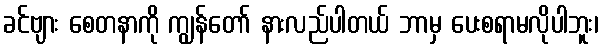
ခင်ဗျား စေတနာကို ကျွန်တော် နားလည်ပါတယ် ဘာမှ ပေးစရာမလိုပါဘူး၊